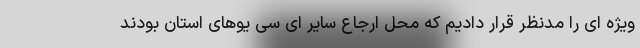
ویژه ای را مدنظر قرار دادیم که محل ارجاع سایر ای سی یوهای استان بودند